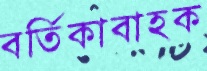
বর্তিকাবাহক